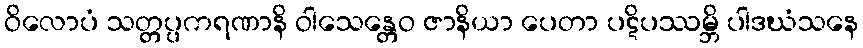
ဝိလောပံ သတ္တပ္ပကရဏာနိ ဝါသေန္တေဝ ဇာနိယာ ပေတာ ပဋိပဿမ္ဘိ ပါဒဃံသနေ